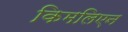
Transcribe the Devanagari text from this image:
किमलिएन